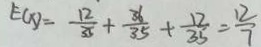
E ( x ) = \frac { 1 2 } { 3 5 } + \frac { 3 6 } { 3 5 } + \frac { 1 2 } { 3 5 } = \frac { 1 2 } { 7 }